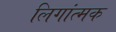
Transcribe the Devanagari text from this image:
लिगांत्मक